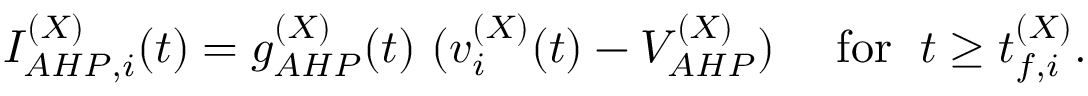
I _ { A H P , i } ^ { ( X ) } ( t ) = g _ { A H P } ^ { ( X ) } ( t ) ~ ( v _ { i } ^ { ( X ) } ( t ) - V _ { A H P } ^ { ( X ) } ) ~ ~ ~ \mathrm { ~ f o r ~ } \; t \ge t _ { f , i } ^ { ( X ) } .